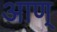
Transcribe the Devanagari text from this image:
आण्